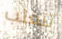
تتغلب